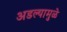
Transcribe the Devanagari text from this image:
अडल्यामुळे